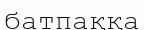
батпаққа